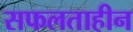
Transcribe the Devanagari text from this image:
सफलताहीन